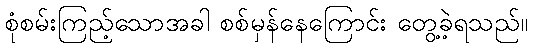
စုံစမ်းကြည့်သောအခါ စစ်မှန်နေကြောင်း တွေ့ခဲ့ရသည်။